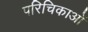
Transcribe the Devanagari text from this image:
परिचिकाओं